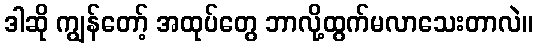
ဒါဆို ကျွန်တော့် အထုပ်တွေ ဘာလို့ထွက်မလာသေးတာလဲ။